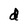
Character: d